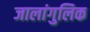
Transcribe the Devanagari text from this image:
जालांगुलिक